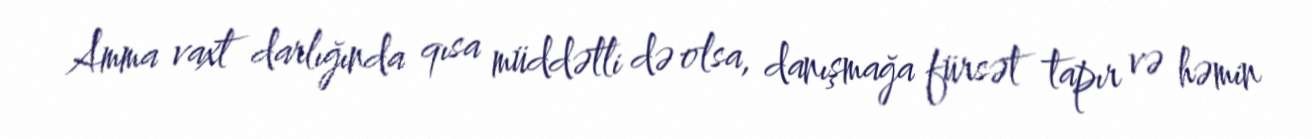
Amma vaxt darlığında qısa müddətli də olsa, danışmağa fürsət tapır və həmin